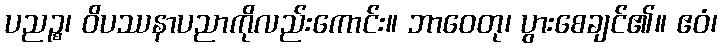
ပညဉ္စ၊ ဝိပဿနာပညာကိုလည်းကောင်း။ ဘာဝေတု၊ ပွားစေချင်၏။ ဧဝံ၊